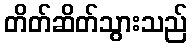
တိတ်ဆိတ်သွားသည်